画像に写った文字を読んでください
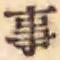
「事」と書いてあります